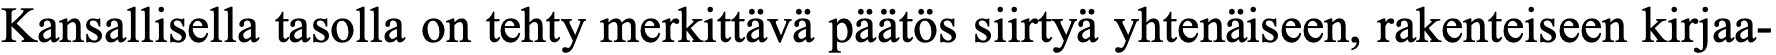
Kansallisella tasolla on tehty merkittävä päätös siirtyä yhtenäiseen, rakenteiseen kirjaa-